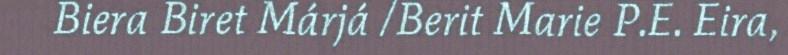
Biera Biret Márjá /Berit Marie P.E. Eira,